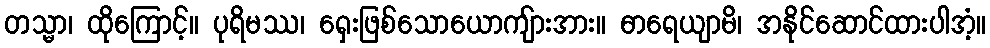
တသ္မာ၊ ထိုကြောင့်။ ပုရိမဿ၊ ရှေးဖြစ်သောယောကျ်ားအား။ ဓာရေယျာမိ၊ အနိုင်ဆောင်ထားပါအံ့။